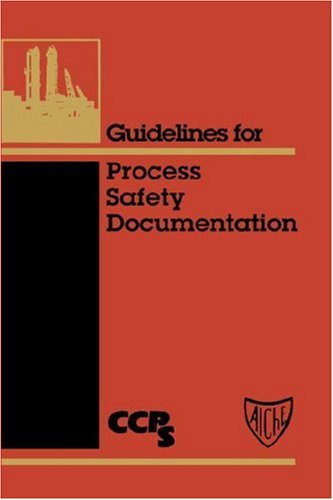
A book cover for Guidelines for Process Safety Documentation; CCPS (Center for Chemical Process Safety); Science & Math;